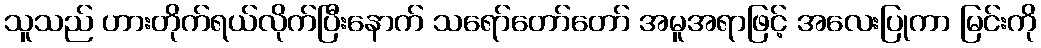
သူသည် ဟားတိုက်ရယ်လိုက်ပြီးနောက် သရော်တော်တော် အမူအရာဖြင့် အလေးပြုကာ မြင်းကို